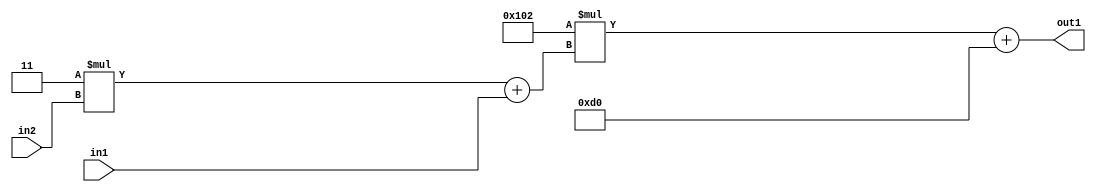
`timescale 1ps / 1ps
/*****************************************************************************
    Verilog RTL Description
    
    
    Created by: Stratus DpOpt 2019.1.01 
*******************************************************************************/

module DC_Filter_Add2i208Mul2i258Add2u1Mul2i3u2_4 (
	in2,
	in1,
	out1
	); /* architecture "behavioural" */ 
input [1:0] in2;
input  in1;
output [11:0] out1;
wire [11:0] asc001;
wire [3:0] asc002;

wire [3:0] asc002_tmp_0;
assign asc002_tmp_0 = 
	+(4'B0011 * in2);
assign asc002 = asc002_tmp_0
	+(in1);

wire [11:0] asc001_tmp_1;
assign asc001_tmp_1 = 
	+(12'B000100000010 * asc002);
assign asc001 = asc001_tmp_1
	+(12'B000011010000);

assign out1 = asc001;
endmodule

/* CADENCE  v7X0Sgs= : u9/ySgnWtBlWxVPRXgAZ4Og= ** DO NOT EDIT THIS LINE ******/